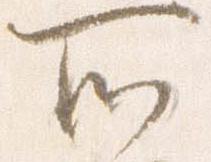
所